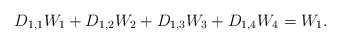
\begin{align*}D_{1,1} W_1+D_{1,2} W_2+D_{1,3} W_3+D_{1,4} W_4=W_1.\end{align*}